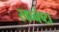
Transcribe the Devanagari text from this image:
स्वप्नंष्टा